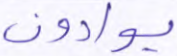
يوادون